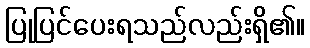
ပြုပြင်ပေးရသည်လည်းရှိ၏။